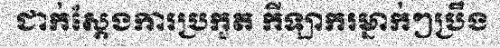
ជាក់ស្តែងការប្រកួត កីឡាករម្នាក់ៗប្រឹង